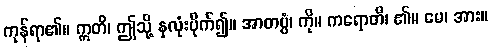
ကုန်ရာ၏။ ဣတိ၊ ဤသို့ နှလုံးပိုက်၍။ အာတပ္ပံ၊ ကို။ ကရောတိ၊ ၏။ မေ၊ အား။